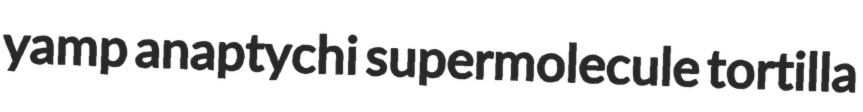
yamp anaptychi supermolecule tortilla